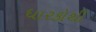
ધારકોથી